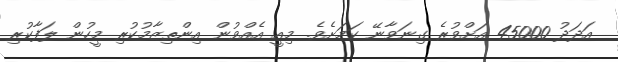
އަދަދު 45000 އަށްވުރެ ގިނަވާނޭ ކަމަށެވެ. މިއީ އެއްވުން އިންތިޒާމުކުރި މީހުން ލަފާކުރި